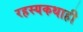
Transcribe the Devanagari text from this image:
रहस्यकथाही